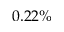
0 . 2 2 \%